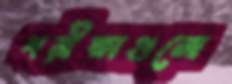
পরীক্ষাগুলো